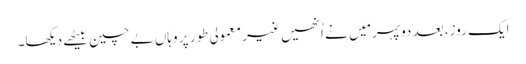
ایک روز، بعد دوپہر میَں نے اُنھیں غیر معمولی طور پر وہاں بے چین بیٹھے دیکھا۔